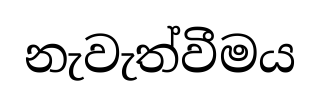
නැවැත්වීමය